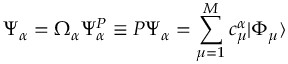
\Psi _ { \alpha } = \Omega _ { \alpha } \Psi _ { \alpha } ^ { P } \equiv P \Psi _ { \alpha } = \sum _ { \mu = 1 } ^ { M } c _ { \mu } ^ { \alpha } | \Phi _ { \mu } \rangle